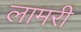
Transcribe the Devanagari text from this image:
लामरी